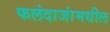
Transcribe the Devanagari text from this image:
फलंदाजांमधील